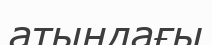
атыңдағы